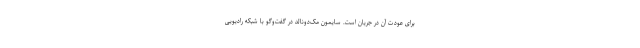
برای عودت آن در جریان است. سایمون مک‌دونالد در گفت‌وگو با شبکه رادیویی